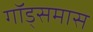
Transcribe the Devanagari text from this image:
गॉड्समास